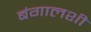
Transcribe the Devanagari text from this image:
बंगालशी